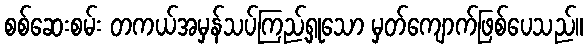
စစ်ဆေးစမ်း တကယ်အမှန်သပ်ကြည့်ရှုသော မှတ်ကျောက်ဖြစ်ပေသည်။